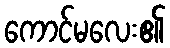
ကောင်မလေး၏